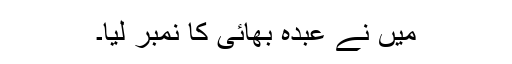
میں نے عبدہ بھائی کا نمبر لیا۔